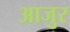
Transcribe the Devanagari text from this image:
आजुर